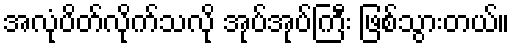
အလုံပိတ်လိုက်သလို အုပ်အုပ်ကြီး ဖြစ်သွားတယ်။